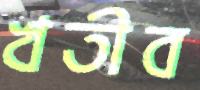
খতীব